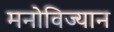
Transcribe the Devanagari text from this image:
मनोविज्यान